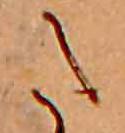
た